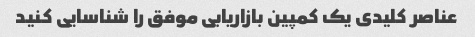
عناصر کلیدی یک کمپین بازاریابی موفق را شناسایی کنید